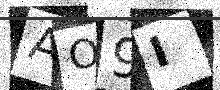
Text: AO9I